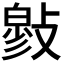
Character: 𢿉